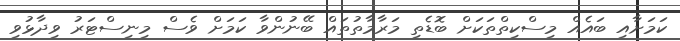
ކަމަށާއި ބައެއް މިސްކިތްތަކަށް ބޮޑެތި މަރާމާތުތައް ބޭނުންވާ ކަމަށް ވެސް މިނިސްޓަރު ވިދާޅުވި